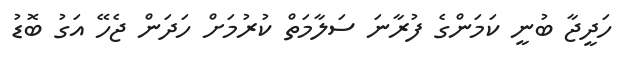
ހަދީޖާ ބުނީ ކަމަންގެ ފުރާނަ ސަލާމަތް ކުރުމަށް ހަދަން ޖެހޭ އަގު ބޮޑު